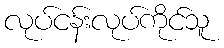
လုပ်ငန်းလုပ်ကိုင်သူ